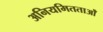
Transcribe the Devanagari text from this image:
अनियमितताओँ